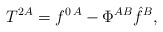
\begin{align*}T^{2A}= f^{0\, A}-\Phi^{AB} \hat{f}^B,\end{align*}